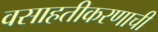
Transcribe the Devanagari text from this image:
वसाहतीकरणाची